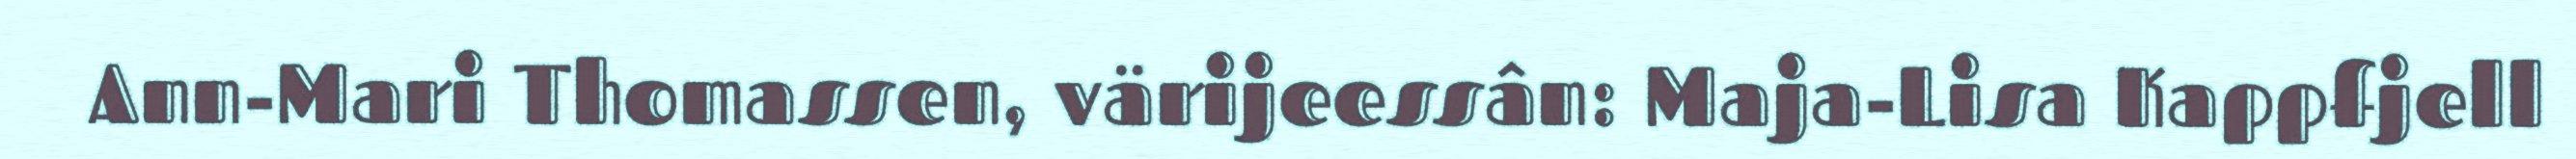
Ann-Mari Thomassen, värijeessân: Maja-Lisa Kappfjell